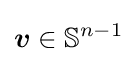
{\boldsymbol {v}}\in \mathbb {S} ^{n-1}